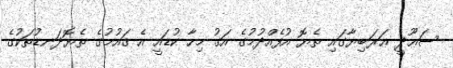
ސަޢޫދީ ޢަރަބިޔާގައި ތެޔޮ އުފެއްދުމުގެ އަގު މިހާ ކުޑައީ އެ ޤައުމުގެ ތެޔޮދަނޑުތަކުގެ